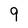
Character: 9